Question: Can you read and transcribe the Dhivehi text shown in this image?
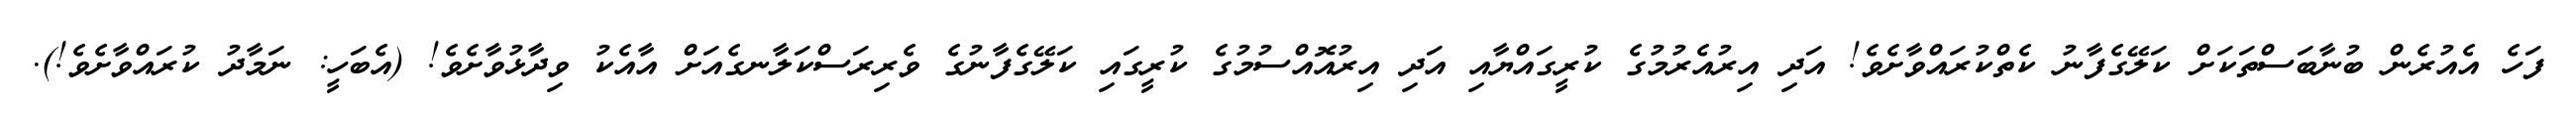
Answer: ފަހެ އެއުރެން ބުނާބަސްތަކަށް ކަލޭގެފާނު ކެތްކުރައްވާށެވެ! އަދި އިރުއެރުމުގެ ކުރީގައްޔާއި އަދި އިރުއޮއްސުމުގެ ކުރީގައި ކަލޭގެފާނުގެ ވެރިރަސްކަލާނގެއަށް އާއެކު ވިދާޅުވާށެވެ! (އެބަހީ: ނަމާދު ކުރައްވާށެވެ!).